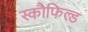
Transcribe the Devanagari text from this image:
स्कौफिल्ड